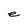
Character: e